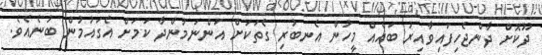
ދޫކޮށް ދާންޖެހިފައިވާއިރު ބައެއް މީހުން އެނބުރި ގެތަކަށް އަންނަމުންދާ ކަމަށް އެގައުމުން ބުނެއެވެ.